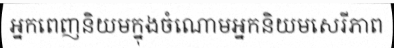
អ្នកពេញនិយមក្នុងចំណោមអ្នកនិយមសេរីភាព